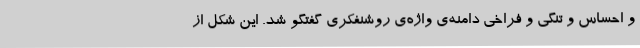
و احساس و تنگی و فراخی دامنه‌ی واژه‌ی روشنفکری گفتگو شد. این شکل از